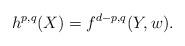
LaTeX: \begin{align*}h^{p,q}(X) = f^{d-p,q}(Y,w).\end{align*}